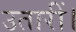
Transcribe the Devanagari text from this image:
उतारीं।